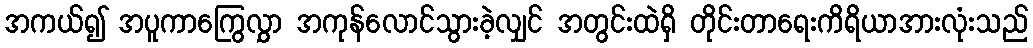
အကယ်၍ အပူကာကြွေလွှာ အကုန်လောင်သွားခဲ့လျှင် အတွင်းထဲရှိ တိုင်းတာရေးကိရိယာအားလုံးသည်